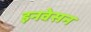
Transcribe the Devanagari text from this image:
इनवेसन